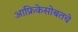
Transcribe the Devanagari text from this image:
आफ्रिकेसोबतचे